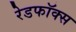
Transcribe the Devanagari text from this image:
रेडफॉक्स